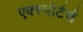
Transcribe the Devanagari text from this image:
एक्स्पोर्टर्स